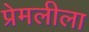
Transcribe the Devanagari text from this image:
प्रेमलीला